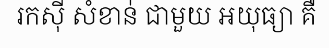
រកស៊ី សំខាន់ ជាមួយ អយុធ្យា គឺ